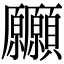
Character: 𩖒